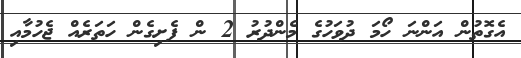
އެގޮތުން އަންނަ ހޯމަ ދުވަހުގެ މެންދުރު 2 ން ފެށިގެން ހަތަރެއް ޖެހުމާއި